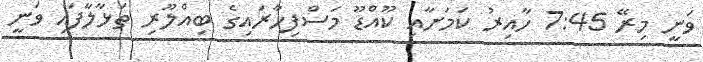
ވަނީ މިރޭ 7:45 ހާއިރު ކަމަށާއި ކޫއްޑޫ މަސްފިހާރައިގެ ބިއްލޫރި ތަޅާލާފައި ވަނީ